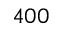
4 0 0